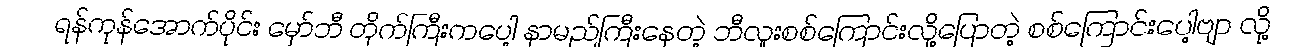
ရန်ကုန်အောက်ပိုင်း မှော်ဘီ တိုက်ကြီးကပေါ့ နာမည်ကြီးနေတဲ့ ဘီလူးစစ်ကြောင်းလို့ပြောတဲ့ စစ်ကြောင်းပေါ့ဗျာ လို့